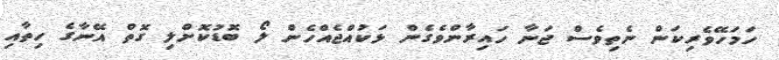
ހަމަހޭވެރިކަން ނެތިވެސް ޖަނާ ހައިރާންވެގެން ޅަކުއްޖެއްހެން ލޯ ބޮޑުކޮށްލި ގޮތް އޭނާގެ ހިތާއި